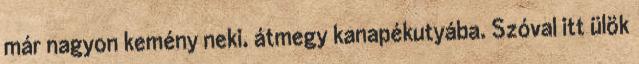
már nagyon kemény neki, átmegy kanapékutyába. Szóval itt ülök